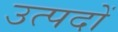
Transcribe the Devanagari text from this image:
उत्पदों